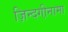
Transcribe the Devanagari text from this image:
ज़िन्दगी़नामा